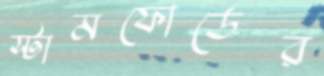
স্টামফোর্ডের